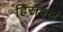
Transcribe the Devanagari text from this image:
हिरावलं